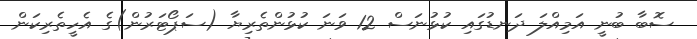
ސޮބާ ބުނީ އަމިއްލަ ދަނޑުގައި ކުޅުނަސް 12 ވަނަ ކުޅުންތެރިޔާ (ސަޕޯޓަރުން)ގެ އެހީތެރިކަން